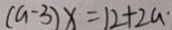
( a - 3 ) x = 1 2 + 2 a ^ { . }